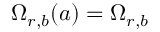
\Omega _ { r , b } ( a ) = \Omega _ { r , b }